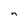
Character: n